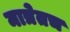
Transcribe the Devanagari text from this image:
मात्रेतच